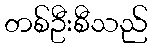
တစ်ဦးစီသည်